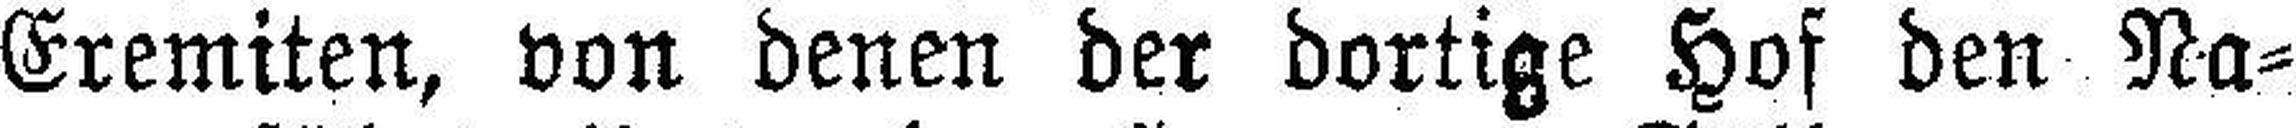
Eremiten, von denen der dortige Hof den Na¬